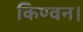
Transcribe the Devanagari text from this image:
किण्वन।